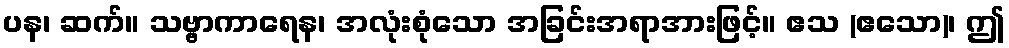
ပန၊ ဆက်။ သဗ္ဗာကာရေန၊ အလုံးစုံသော အခြင်းအရာအားဖြင့်။ ဧသ (ဧသော)၊ ဤ